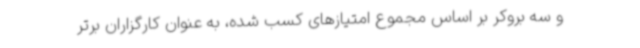
و سه بروکر بر اساس مجموع امتیازهای کسب شده، به عنوان کارگزاران برتر